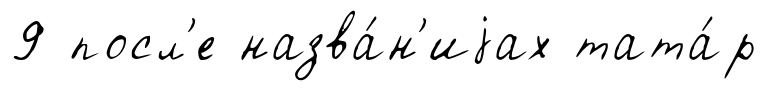
9 посл'е назва́н'иjах тата́р